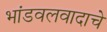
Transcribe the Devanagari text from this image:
भांडवलवादाचे